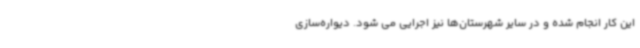
این کار انجام شده و در سایر شهرستان‌ها نیز اجرایی می شود. دیواره‌سازی